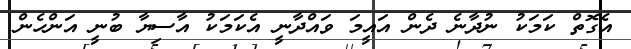
އެގޮތް ކަމަކު ނުދާނެ ދެން އައީމަ ވައްދާނީ އެކަމަކު އާސިޔާ ބުނީ އަންހެން